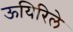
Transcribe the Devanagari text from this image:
ऊयिरिले